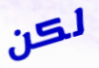
لكن